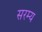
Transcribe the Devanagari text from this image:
सरम्य